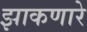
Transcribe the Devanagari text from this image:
झाकणारे